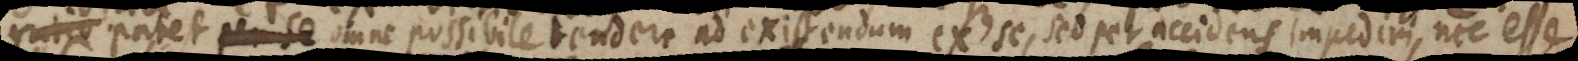
inc patet omne possibile tendere ad existendum ex se, sed per accidens impediri, nec esse